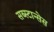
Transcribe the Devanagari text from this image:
सब्स्टान्सेस